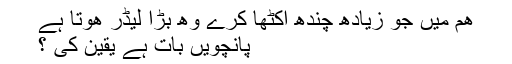
هم میں جو زیادھ چندھ اکٹھا کرے وھ بڑا لیڈر هوتا ہے
پانچویں بات ہے یقین کی ؟